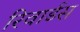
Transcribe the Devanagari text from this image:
रिवार्डस